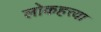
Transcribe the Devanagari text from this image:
लोकहत्त्या